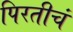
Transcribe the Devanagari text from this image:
पिरतीचं